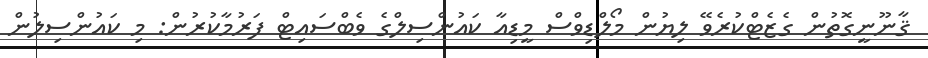
ޤާނޫނީގޮތުން ގެޒެޓްކުރެވޭ ލިޔުން މޯލްޑިވްސް މީޑިއާ ކައުންސިލްގެ ވެބްސައިޓް ފަރުމާކުރުން: މި ކައުންސިލުން